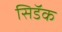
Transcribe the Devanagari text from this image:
सिडॅक